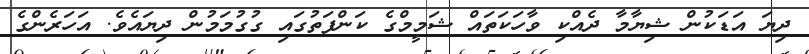
ދިޔަ އަޑަކުން ޝިޔާމާ ދެއްކި ވާހަކަތައް ޝަމީމްގެ ކަންފަތުގައި ގުގުމަމުން ދިޔައެވެ. އަހަރެންގެ